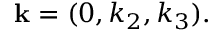
{ \bf k } = ( 0 , k _ { 2 } , k _ { 3 } ) .